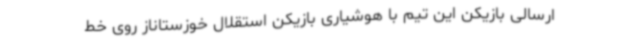
ارسالی بازیکن این تیم با هوشیاری بازیکن استقلال خوزستاناز روی خط